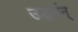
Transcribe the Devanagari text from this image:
उद्धर्तन्